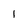
Character: I